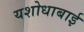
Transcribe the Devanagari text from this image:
यशोधाबाई